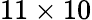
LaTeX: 11\times 10